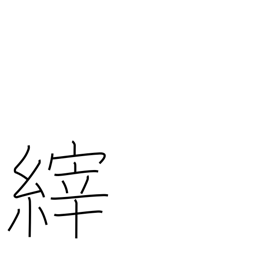
Meaning: breath